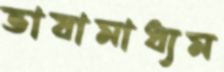
ভাষামাধ্যম